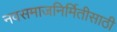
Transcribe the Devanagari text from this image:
नवसमाजनिर्मितीसाठी